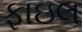
ફાઇલ